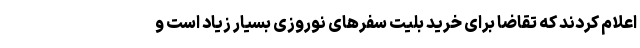
اعلام کردند که تقاضا برای خرید بلیت سفرهای نوروزی بسیار زیاد است و